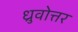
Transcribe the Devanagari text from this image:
ध्रुवोत्तर